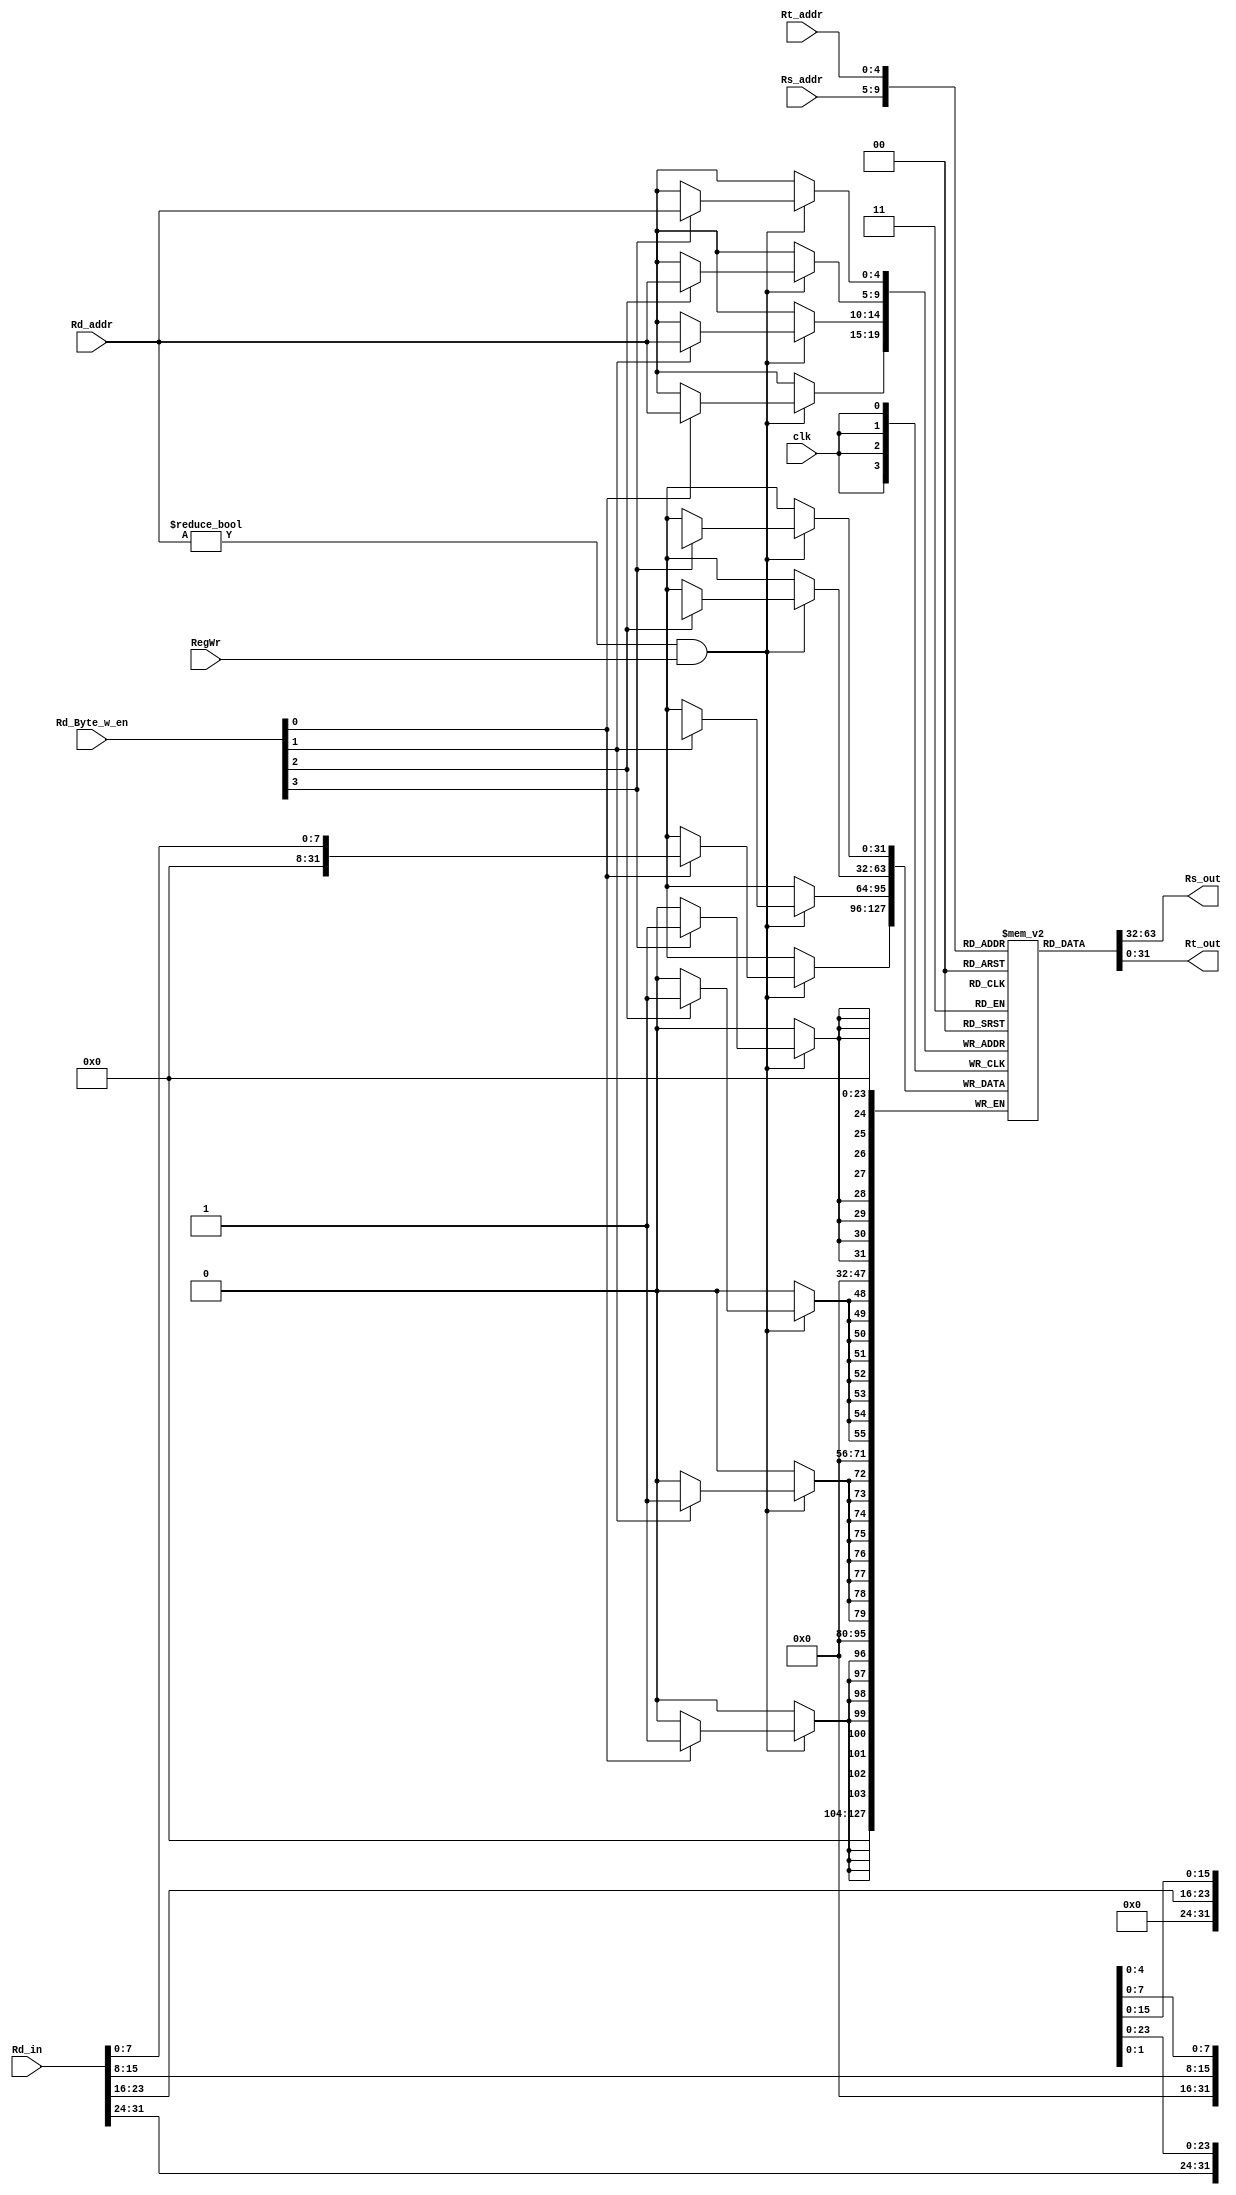
module Register(
input clk,
input [4:0]Rs_addr,
input [4:0]Rt_addr,
input [4:0]Rd_addr,
input [31:0]Rd_in,
input RegWr,
input [3:0]Rd_Byte_w_en,
output reg[31:0]Rs_out,
output reg[31:0]Rt_out
);
reg [31:0] register[31:0];
integer i;
initial
begin 
for (i=0;i<32;i=i+1) register[i]=i;
		register[1] = 32'h7ffffffe;
		register[8] = 32'h7ff32432;
		register[15]= 32'h45349592;
		register[5]=32'hfff12345;
		register[30]=32'd128;
	Rs_out=0;
	Rt_out=0;
end 
always @(posedge clk)
begin 
	if (Rd_addr!=0&&RegWr)
	begin 
	  if (Rd_Byte_w_en[3]==1)
	  register[Rd_addr][31:24]<=Rd_in[31:24];
	  if (Rd_Byte_w_en[2]==1)
	  register[Rd_addr][23:16]<=Rd_in[23:16];
	  if (Rd_Byte_w_en[1]==1)
	  register[Rd_addr][15:8]<=Rd_in[15:8];
	  if (Rd_Byte_w_en[0]==1)
	  register[Rd_addr][7:0]<=Rd_in[7:0];
	end 
end
always @(Rs_addr or Rt_addr)
begin 
	Rs_out=register[Rs_addr];
	Rt_out=register[Rt_addr];
end  
endmodule